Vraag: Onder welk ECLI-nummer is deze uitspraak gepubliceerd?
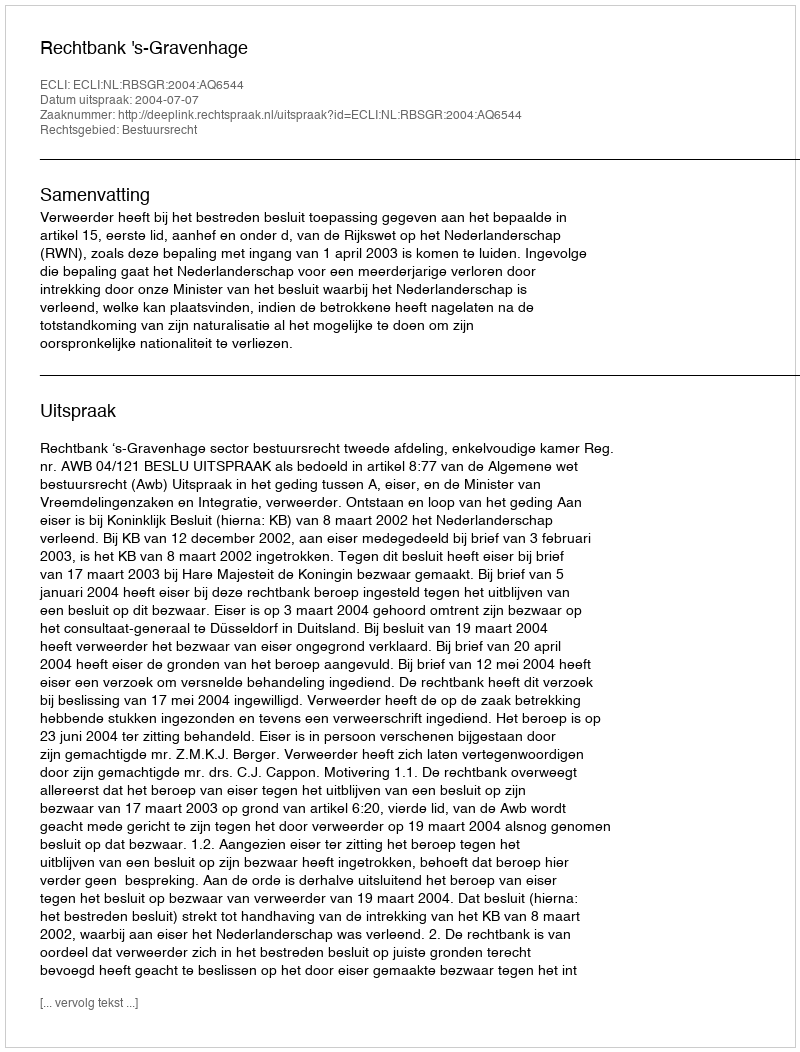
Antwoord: ECLI:NL:RBSGR:2004:AQ6544